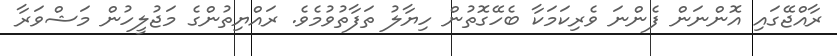
ރާއްޖޭގައި އޮންނަން ފެންނަ ވެރިކަމަކާ ބެހޭގޮތުން ހިޔާލު ތަފާތުވުމެވެ. ރައްޔިތުންގެ މަޖުލީހުން މަޝްވަރާ